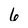
Character: 6